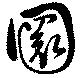
圜